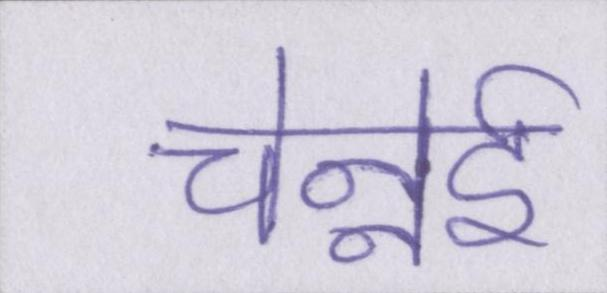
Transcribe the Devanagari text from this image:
चेन्नेई